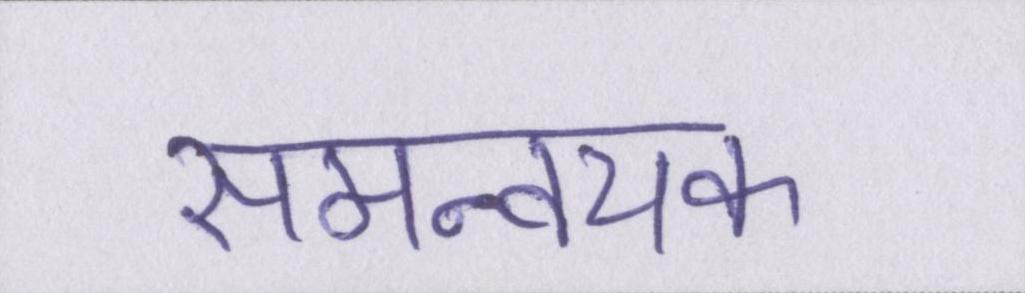
समन्वयक